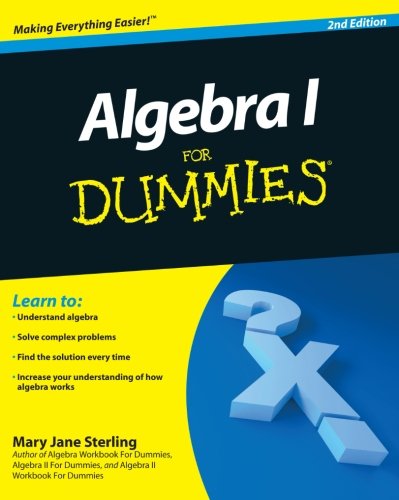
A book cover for Algebra I For Dummies; Mary Jane Sterling; Science & Math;